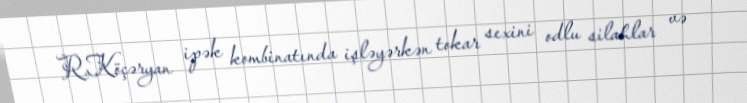
R.Köçəryan ipək kombinatında işləyərkən tokar sexini odlu silahlar və